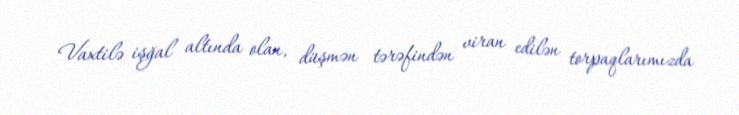
Vaxtilə işğal altında olan, düşmən tərəfindən viran edilən torpaqlarımızda